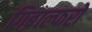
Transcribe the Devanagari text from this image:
गिब्राल्फरो